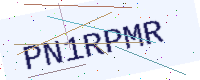
Text: PN1RPMR